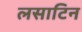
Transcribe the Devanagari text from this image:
लसाटिन